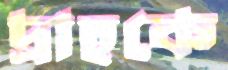
দ্রাহকে